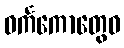
ဝင်္ကကောတွေဝ